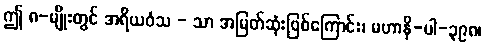
ဤ ၈-မျိုးတွင် အရိယဝံသ - သာ အမြတ်ဆုံးဖြစ်ကြောင်း၊ မဟာနိ-ပါ-၃၉၈၊